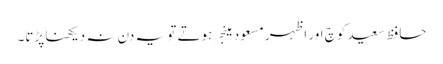
حافظ سعید کوچ اور اظہر مسعود مینجر ہوتے تو یہ دن نہ دیکھنا پڑتا۔